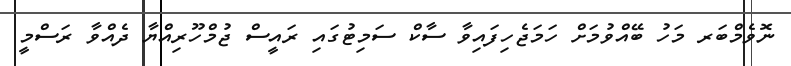
ނޮވެމްބަރ މަހު ބޭއްވުމަށް ހަމަޖެހިފައިވާ ސާކް ސަމިޓުގައި ރައީސް ޖުމްހޫރިއްޔާ ދެއްވާ ރަސްމީ